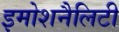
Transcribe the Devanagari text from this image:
इमोशनैलिटी